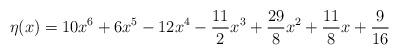
LaTeX: \begin{align*} \eta(x)=10x^6+6x^5-12x^4-\frac{11}{2}x^3+\frac{29}{8}x^2+\frac{11}{8} x+\frac{9}{16} \end{align*}